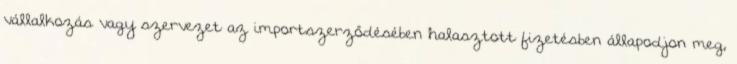
vállalkozás vagy szervezet az importszerződésében halasztott fizetésben állapodjon meg,